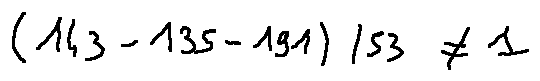
( 1 4 3 - 1 3 5 - 1 9 1 ) / 5 3 \neq 1